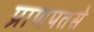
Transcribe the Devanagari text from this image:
प्राणपतसे